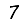
Digit: 7